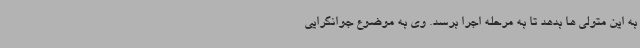
به این متولی ها بدهد تا به مرحله اجرا برسد. وی به موضوع جوانگرایی